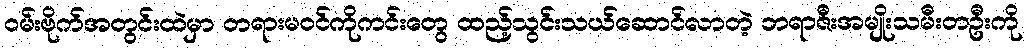
ဝမ်းဗိုက်အတွင်းထဲမှာ တရားမဝင်ကိုကင်းတွေ ထည့်သွင်းသယ်ဆောင်လာတဲ့ ဘရာဇီးအမျိုးသမီးတဦးကို